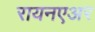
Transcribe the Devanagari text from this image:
रायनएअर